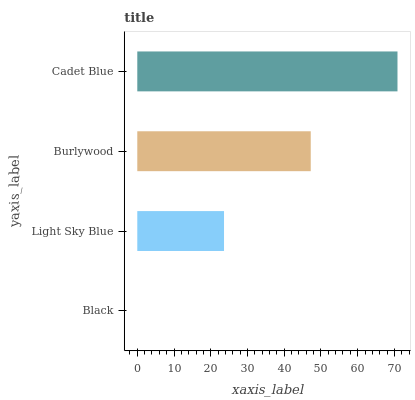
| yaxis_label | bars |
 | --- | --- |
 | Black | 0 |
 | Light Sky Blue | 23.6 |
 | Burlywood | 47.2 |
 | Cadet Blue | 70.8 |